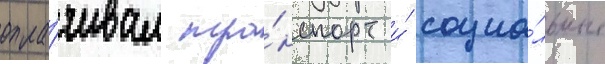
опла́чивал тра́нспорт и́ социа́льные